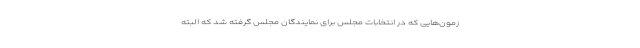
زمون‌هایی که در انتخابات مجلس برای نمایندگان مجلس گرفته شد که البته